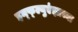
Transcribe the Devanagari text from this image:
इन्फ्ल्युएंझाच्या